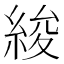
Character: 𦀷